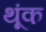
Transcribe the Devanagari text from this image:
थूंक